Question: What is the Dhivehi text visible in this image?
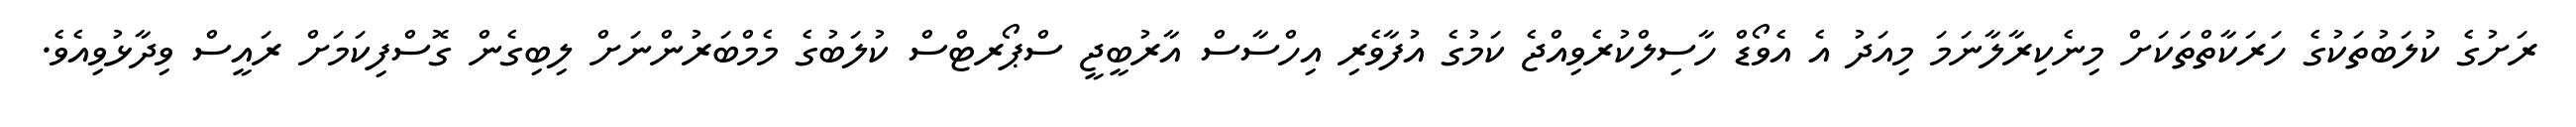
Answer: ރަށުގެ ކުލަބުތަކުގެ ހަރަކާތްތަކަށް މިނެކިރާލާނަމަ މިއަދު އެ އެވޯޑް ހާސިލްކުރެވިއްޖެ ކަމުގެ އުފާވެރި އިހްސާސް އާރުބީޖީ ސްޕޯރޓްސް ކުލަބުގެ މެމްބަރުންނަށް ލިބިގެން ގޮސްފިކަމަށް ރައީސް ވިދާޅުވިއެވެ.